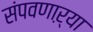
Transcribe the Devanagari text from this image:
संपवणाऱ्या